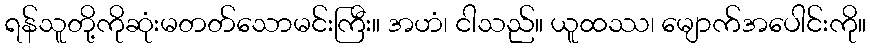
ရန်သူတို့ကိုဆုံးမတတ်သောမင်းကြီး။ အဟံ၊ ငါသည်။ ယူထဿ၊ မျောက်အပေါင်းကို။